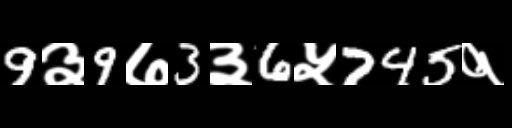
Text: 9३9७3३6५745१